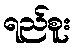
ရည်စူး